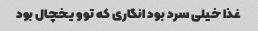
غذا خیلی سرد بود انگاری که توو یخچال بود